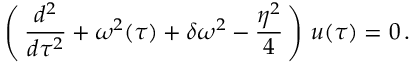
\left( \, \frac { d ^ { 2 } } { d \tau ^ { 2 } } + \omega ^ { 2 } ( \tau ) + \delta \omega ^ { 2 } - \frac { \eta ^ { 2 } } { 4 } \, \right) \, u ( \tau ) = 0 \, .